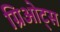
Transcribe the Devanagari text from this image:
ग्रिओट्स